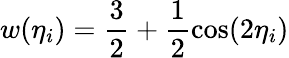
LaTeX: w(\eta_{i})=\frac{3}{2}+\frac{1}{2}\cos(2\eta_{i})